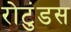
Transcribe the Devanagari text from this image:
रोटुंडस